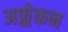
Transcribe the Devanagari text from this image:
अफ़्र्रेकन